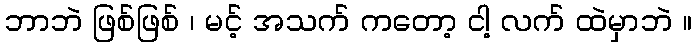
ဘာဘဲ ဖြစ်ဖြစ် ၊ မင့် အသက် ကတော့ ငါ့ လက် ထဲမှာဘဲ ။